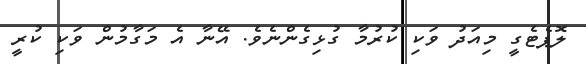
ލޮޕެޓެގީ މިއަދު ވަކި ކުރުމާ ގުޅިގެންނެވެ. އޭނާ އެ މަގާމުން ވަކި ކުރީ